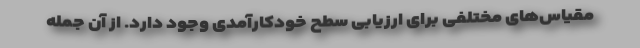
مقیاس‌های مختلفی برای ارزیابی سطح خودکارآمدی وجود دارد. از آن‌ جمله